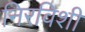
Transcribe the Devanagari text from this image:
निरविशी